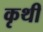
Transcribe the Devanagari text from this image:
कृथी